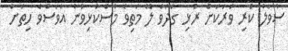
ސުވާލު ކުރި ވަރަކަށް ރުޅި ގަދަވެ ލޭ މަތިވެ މުސްކުޅިވުން އަވަސްވެ ހިތަށް